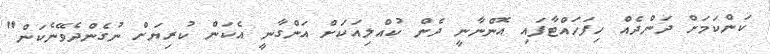
ކަންކަމަށް ދަންދެއް ހިފަހައްޓާފައި އޮންނާނީ ދެން ކުއްލިއަކަށް އަންގާނީ އެކަން ކުރިޔަށް ނުގެންދެވޭނެކަން"